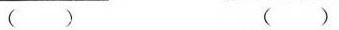
（）（）